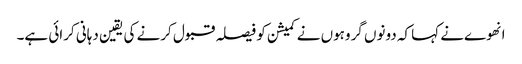
انهوےنے کہا کہ دونوں گروہوں نے کمیشن کو فیصلہ قبول کرنے کی یقین دہانی کرائی ہے۔